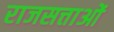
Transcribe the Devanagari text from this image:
राजसत्ताओं